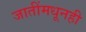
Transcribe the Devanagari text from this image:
जातींमधूनही